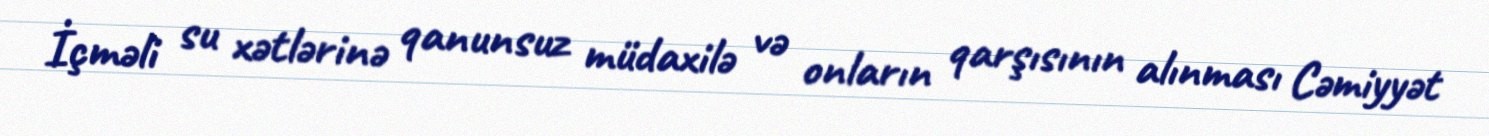
İçməli su xətlərinə qanunsuz müdaxilə və onların qarşısının alınması Cəmiyyət